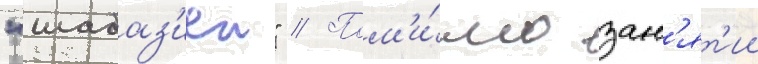
"шабаз'иеи" // Пом'и́мо зан'ят'ии